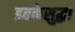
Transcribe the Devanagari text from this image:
इतकेसुद्धा